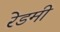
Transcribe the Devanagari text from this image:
रेडमी